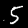
Digit: 5